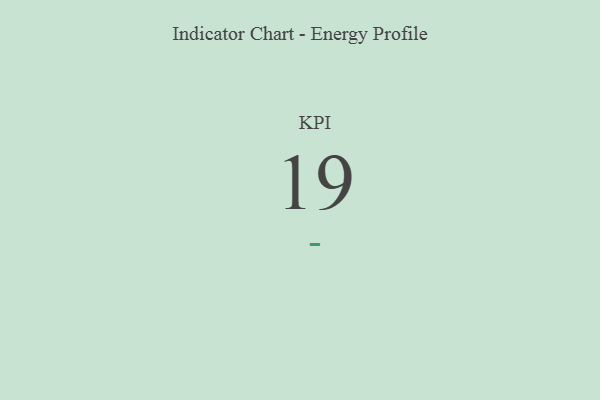
{"axis": {"x": "KPI", "y": "Value"}, "legend": [""], "data": [{"x": "KPI", "y": 19, "type": ""}]}